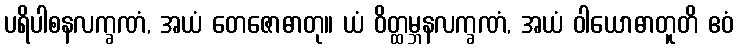
ပရိပါစနလက္ခဏံ, အယံ တေဇောဓာတု။ ယံ ဝိတ္ထမ္ဘနလက္ခဏံ, အယံ ဝါယောဓာတူတိ ဧဝံ